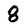
Character: 8